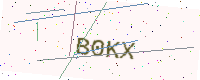
Text: B0KX